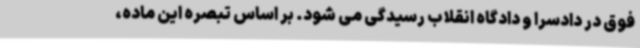
فوق در دادسرا و دادگاه انقلاب رسیدگی می شود. بر اساس تبصره این ماده،